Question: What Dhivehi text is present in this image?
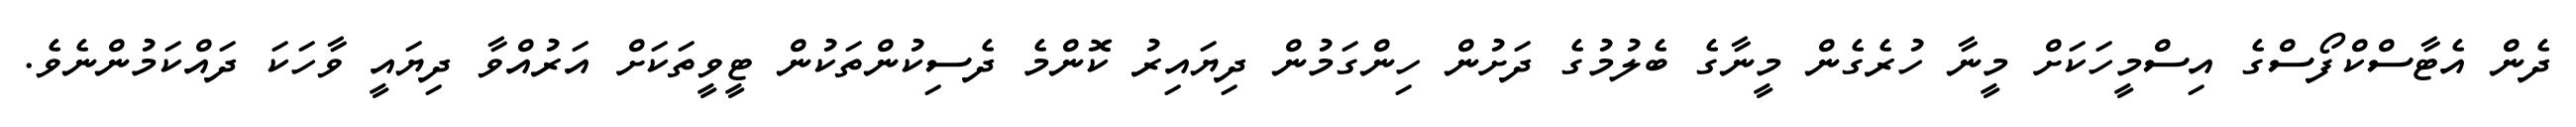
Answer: ދެން އެޓާސްކްފޯސްގެ އިސްމީހަކަށް މީނާ ހުރެގެން މީނާގެ ބެލުމުގެ ދަށުން ހިންގަމުން ދިޔައިރު ކޮންމެ ދެސިކުންތަކުން ޓީވީތަކަށް އަރުއްވާ ދިޔައީ ވާހަކަ ދައްކަމުންނެވެ.